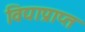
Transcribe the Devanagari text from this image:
विद्याप्राप्त